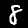
Label: 8